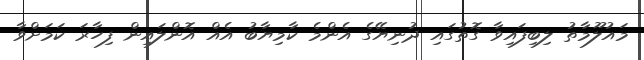
މައުލޫމާތު ލިބިފައިވާ ގޮތުގައި ދުނިޔޭގެ އެންމެ ކާމިޔާބު އެއް އޮންލައިން ފިހާރަ ކަމަށްވާ